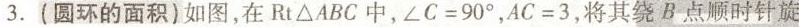
3.(圆环的面积)如图，在Rt\triangle ABC中，$$\angle C=90^{ \circ }$$，$$AC=3$$ ，将其绕B点顺时针旋